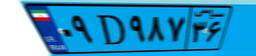
۰۹D۹۸۷۳۶